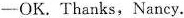
— OK. Thanks, Nancy.